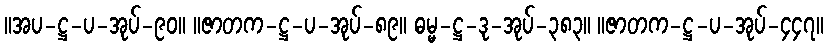
။အပ-ဋ္ဌ-ပ-အုပ်-၉၀။ ။ဇာတက-ဋ္ဌ-ပ-အုပ်-၈၉။ ဓမ္မ-ဋ္ဌ-ဒု-အုပ်-၃၈၃။ ။ဇာတက-ဋ္ဌ-ပ-အုပ်-၄၄၇။